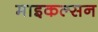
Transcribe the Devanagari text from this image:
माइकल्सन